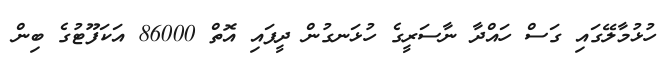
ހުޅުމާލޭގައި ގަސް ހައްދާ ނާސަރީގެ ހުޅަނގުން ދީފައި އޮތް 86000 އަކަފޫޓުގެ ބިން